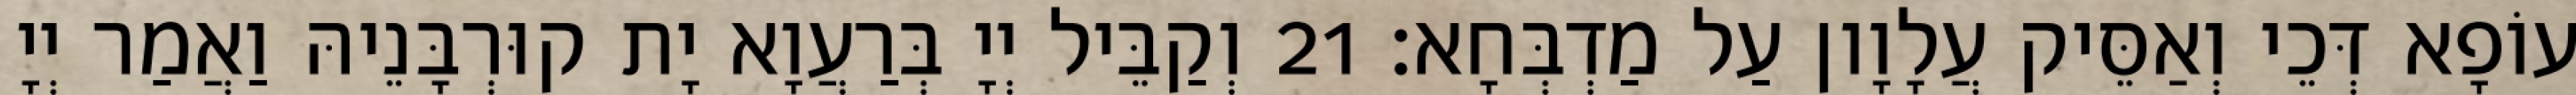
עוֹפָא דְּכֵי וְאַסֵּיק עֲלָוָון עַל מַדְבְּחָא׃ 21 וְקַבֵּיל יְיָ בְּרַעֲוָא יָת קוּרְבָּנֵיהּ וַאֲמַר יְיָ